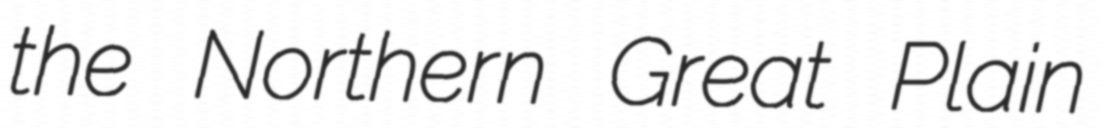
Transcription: the Northern Great Plain